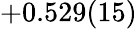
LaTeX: +0.529(15)